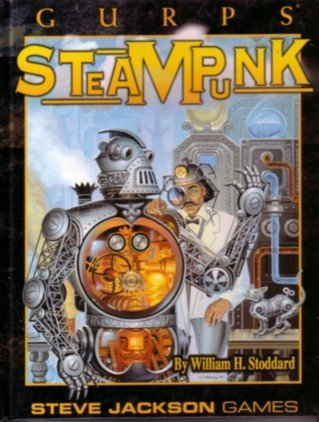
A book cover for GURPS Steampunk Hardcover; William Stoddard; Science Fiction & Fantasy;